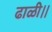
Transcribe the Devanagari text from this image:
ढाळी।।